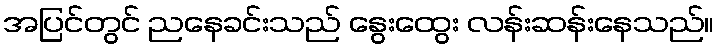
အပြင်တွင် ညနေခင်းသည် နွေးထွေး လန်းဆန်းနေသည်။